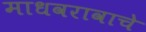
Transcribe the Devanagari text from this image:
माधवरावाचे